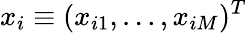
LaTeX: x_{i}\equiv(x_{i1},\ldots,x_{iM})^{T}